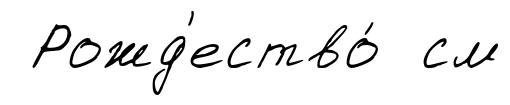
Рожд'ество́ см